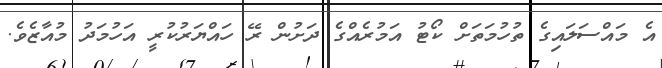
އެ މައްސަލައިގެ ތުހުމަތަށް ކޯޓު އަމުރެއްގެ ދަށުން ރޭ ހައްޔަރުކުރީ އަހުމަދު މުއާޒެވެ.